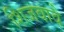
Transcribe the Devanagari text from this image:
शिजवावे